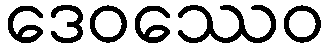
ဒေဝဿေဝ